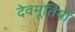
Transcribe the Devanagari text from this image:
देवमूर्तियां